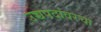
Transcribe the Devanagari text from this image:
उच्चपदांवरचा